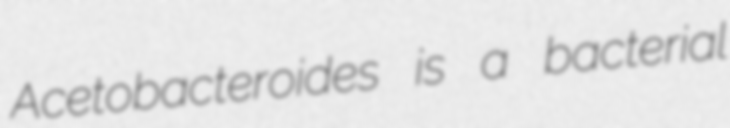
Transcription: Acetobacteroides is a bacterial